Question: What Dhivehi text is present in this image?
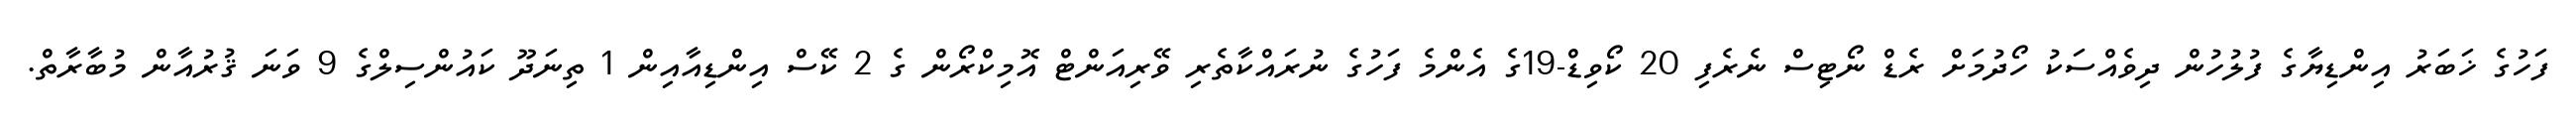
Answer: ފަހުގެ ޚަބަރު އިންޑިޔާގެ ފުލުހުން ދިވެއްސަކު ހޯދުމަށް ރެޑް ނޯޓިސް ނެރެފި 20 ކޯވިޑް-19ގެ އެންމެ ފަހުގެ ނުރައްކާތެރި ވޭރިއަންޓް އޮމިކްރޯން ގެ 2 ކޭސް އިންޑިއާއިން 1 ތިނަދޫ ކައުންސިލްގެ 9 ވަނަ ޤުރުއާން މުބާރާތް.